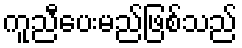
ကူညီပေးမည်ဖြစ်သည်